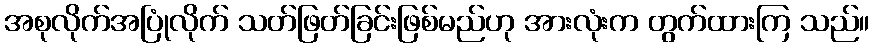
အစုလိုက်အပြုံလိုက် သတ်ဖြတ်ခြင်းဖြစ်မည်ဟု အားလုံးက တွက်ထားကြ သည်။